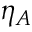
\eta _ { A }